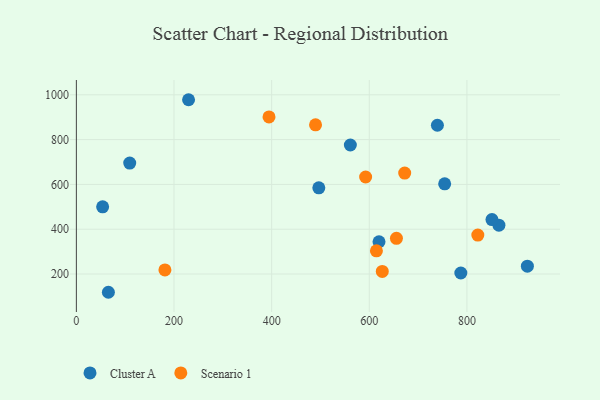
{"axis": {"x": "Experience", "y": "Fuel Efficiency"}, "legend": ["Cluster A", "Scenario 1"], "data": [{"x": "496.6", "y": 584.8, "type": "Cluster A"}, {"x": "53.8", "y": 499.9, "type": "Cluster A"}, {"x": "865.5", "y": 418.1, "type": "Cluster A"}, {"x": "739.5", "y": 864.0, "type": "Cluster A"}, {"x": "787.5", "y": 204.6, "type": "Cluster A"}, {"x": "65.6", "y": 118.5, "type": "Cluster A"}, {"x": "754.4", "y": 602.8, "type": "Cluster A"}, {"x": "619.9", "y": 344.1, "type": "Cluster A"}, {"x": "229.8", "y": 978.0, "type": "Cluster A"}, {"x": "851.3", "y": 442.8, "type": "Cluster A"}, {"x": "923.8", "y": 234.9, "type": "Cluster A"}, {"x": "109.3", "y": 695.1, "type": "Cluster A"}, {"x": "561.2", "y": 775.9, "type": "Cluster A"}, {"x": "592.5", "y": 633.0, "type": "Scenario 1"}, {"x": "672.5", "y": 650.6, "type": "Scenario 1"}, {"x": "655.6", "y": 359.2, "type": "Scenario 1"}, {"x": "181.4", "y": 218.1, "type": "Scenario 1"}, {"x": "822.3", "y": 373.9, "type": "Scenario 1"}, {"x": "394.6", "y": 901.0, "type": "Scenario 1"}, {"x": "489.9", "y": 866.1, "type": "Scenario 1"}, {"x": "614.6", "y": 303.7, "type": "Scenario 1"}, {"x": "626.6", "y": 211.5, "type": "Scenario 1"}]}